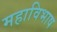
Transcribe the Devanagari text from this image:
महाविभाष